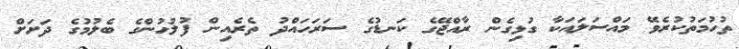
ތުހުމަތުކުރެވޭ މައްސަލައަކާ ގުޅިގެން ރާއްޖޭގެ ކަނޑުގެ ސަރަހައްދު ތެރެއިން ފުލުހުންގެ ބެލުމުގެ ދަށަށް